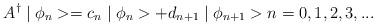
LaTeX: \begin{align*}A^{\dagger }\mid \phi _{n}>=c_{n}\mid \phi _{n}>+d_{n+1}\mid \phi _{n+1}>n=0,1,2,3,... \end{align*}